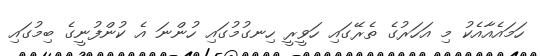
ހަމައެއާއެކު މި އަހަރުގެ ތެރޭގައި ހަވީރީ ހިނގުމުގައި ހުންނަ އެ ކުންފުނީގެ ބިމުގައި